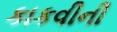
કાકવીની